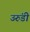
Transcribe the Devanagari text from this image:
उरुंडी